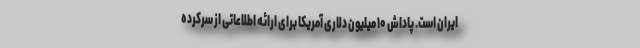
ایران است. پاداش ۱۰ میلیون دلاری آمریکا برای ارائه اطلاعاتی از سرکرده